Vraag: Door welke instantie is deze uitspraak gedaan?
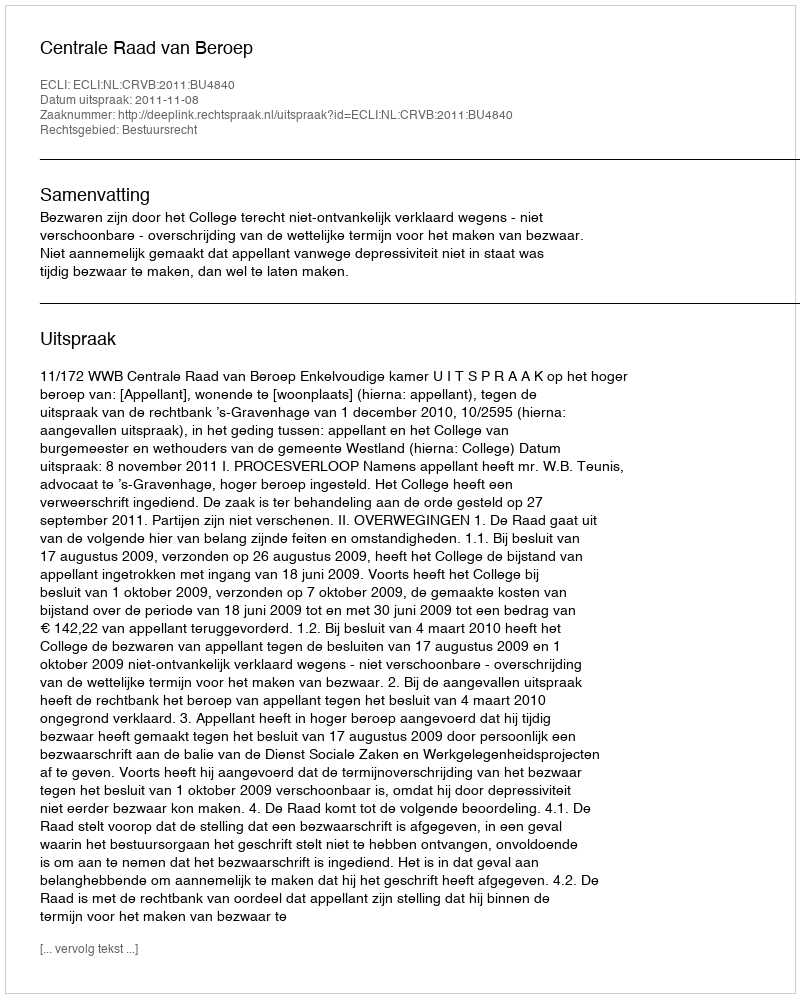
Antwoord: Centrale Raad van Beroep